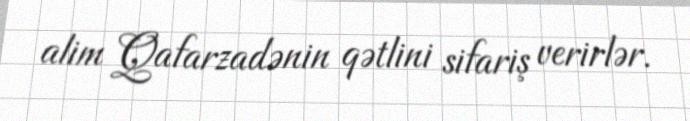
alim Qafarzadənin qətlini sifariş verirlər.